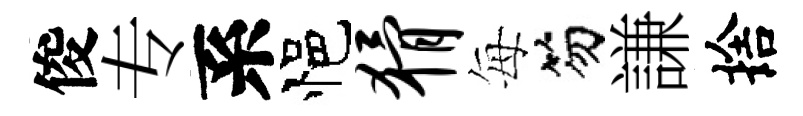
俊专系悒猾每笏謙捨